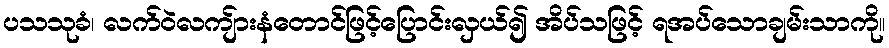
ပသသုခံ၊ လက်ဝဲလကျ်ားနံတောင်ဖြင့်ပြောင်းလှယ်၍ အိပ်သဖြင့် ရအပ်သောချမ်းသာကို။